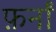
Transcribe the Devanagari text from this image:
फ़र्नां